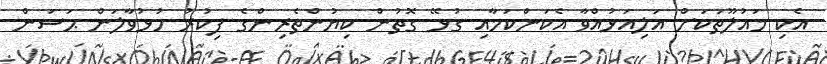
އެކި މައުލޫތަކަށް އަލިއަޅުއްވާ އެކަންކަމާއި ގުޅޭ ގޮތުން ކިޔުންތެރިންގެ ފިކުރު ހުޅުވާލަން ޙަސަން